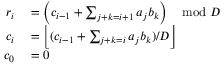
\begin{array} { r l } { r _ { i } } & { { } = \left( c _ { i - 1 } + \sum _ { j + k = i + 1 } a _ { j } b _ { k } \right) \mod D } \\ { c _ { i } } & { { } = \left\lfloor ( c _ { i - 1 } + \sum _ { j + k = i } a _ { j } b _ { k } ) / D \right\rfloor } \\ { c _ { 0 } } & { { } = 0 } \end{array}